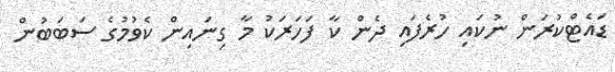
ޑައެޓްކުރަން ނުކައި ހުރެފައި ދެން ކާ ފަހަރަކު މާ ގިނައިން ކެވުމުގެ ސަބަބުން